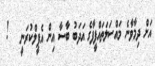
އަށް ދިމާވާނެ މައްސަލަތައްފީފާގެ އަދަބު ބާސާ އިން އެޕީލްކުރަނީ   !